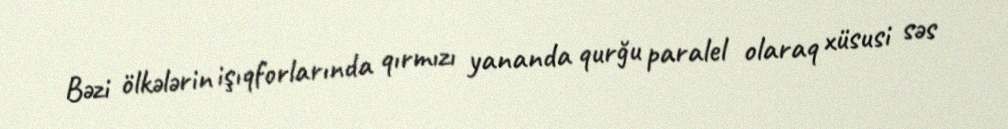
Bəzi ölkələrin işıqforlarında qırmızı yananda qurğu paralel olaraq xüsusi səs